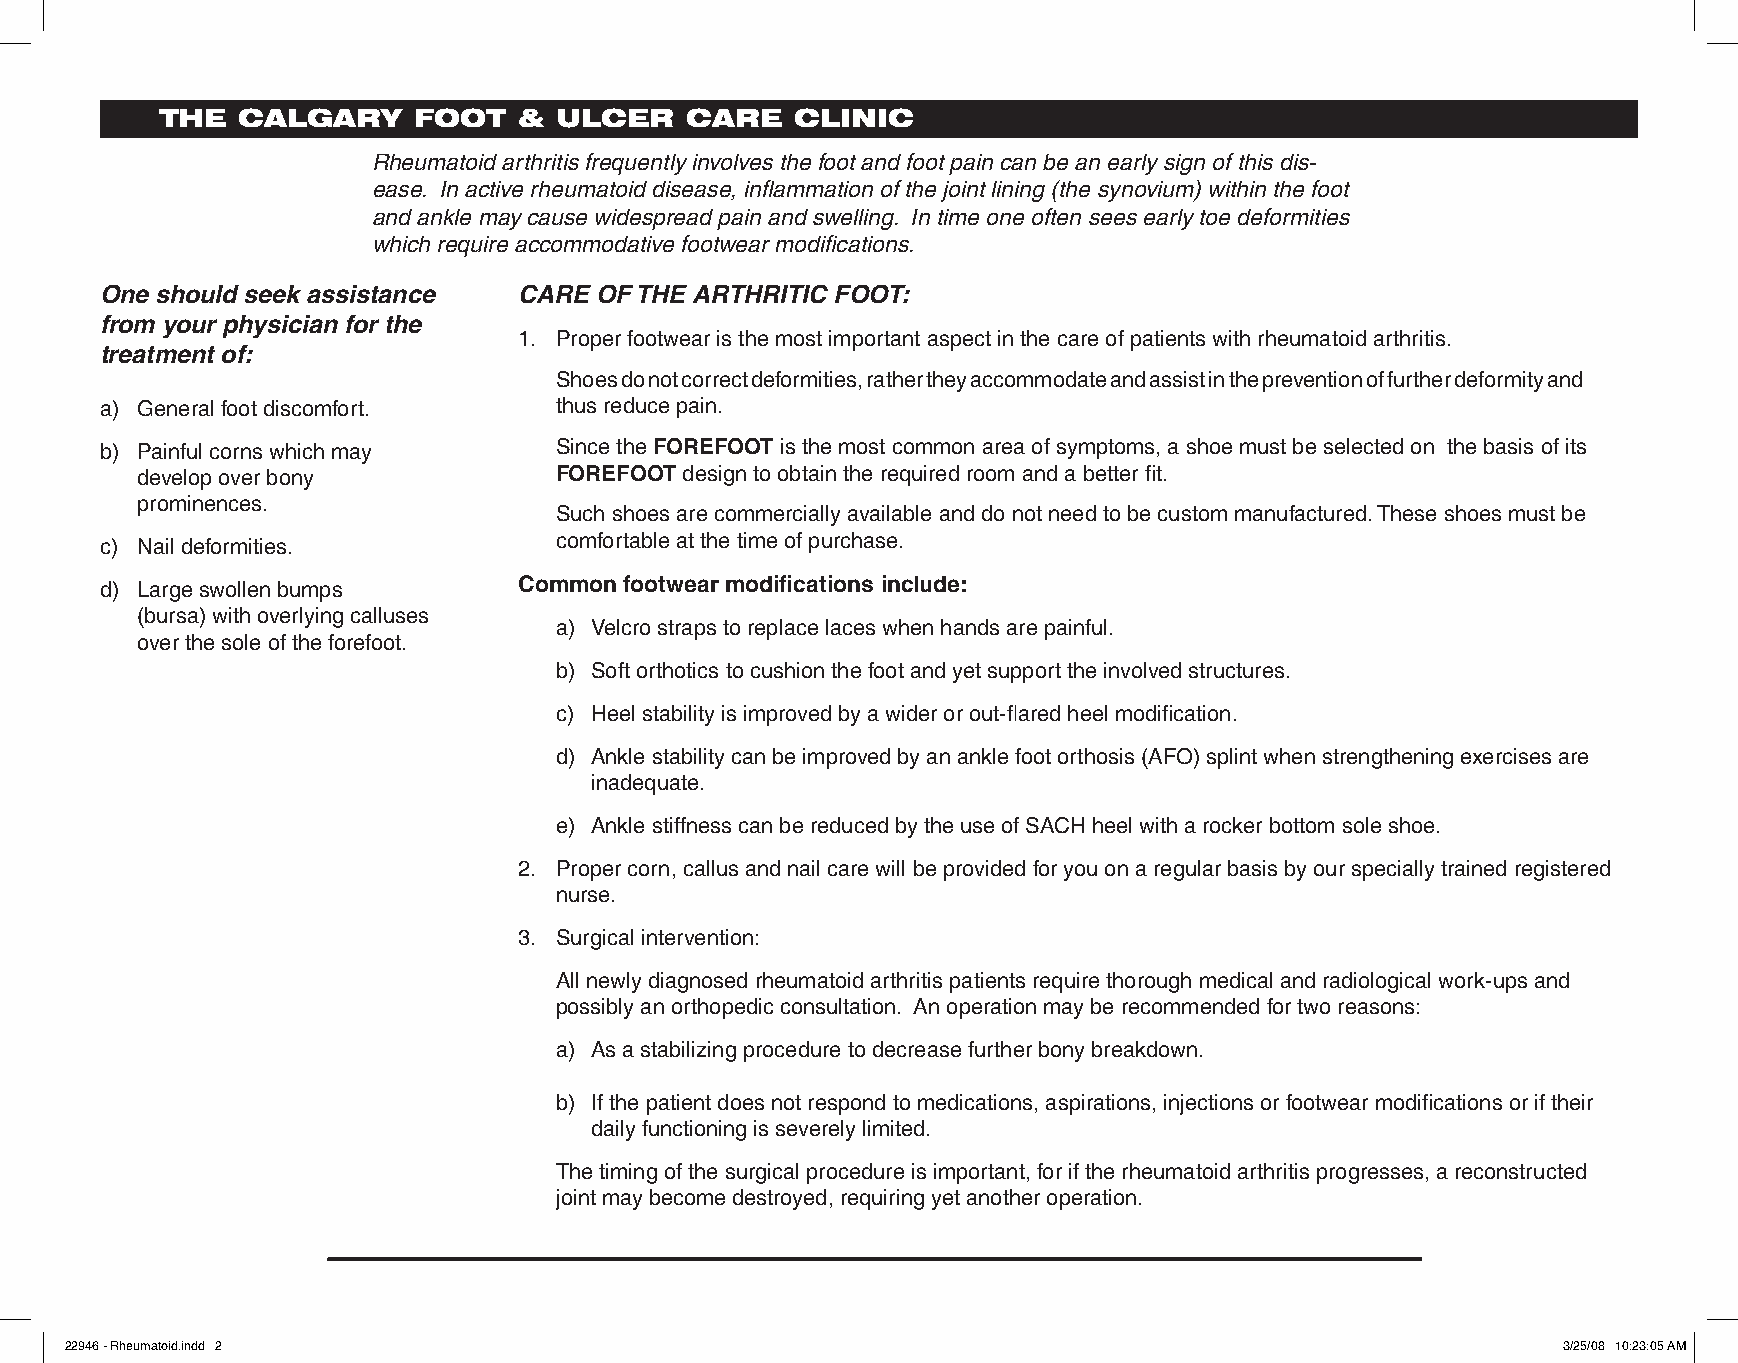
THE  CALGARY    FOOT   &  ULCER   CARE    CLINIC
 Rheumatoid arthritis frequently involves the foot and foot pain can be an early sign of this dis-
 ease. In active rheumatoid disease, inflammation of the joint lining (the synovium) within the foot
 and ankle may cause widespread pain and swelling. In time one often sees early toe deformities
 which require accommodative footwear modifications.
 One should seek assistance CARE OF THE ARTHRITIC FOOT:
 from your physician for the
 1. Proper footwear is the most important aspect in the care of patients with rheumatoid arthritis.
 treatment of:
 Shoes do not correct deformities, rather they accommodate and assist in the prevention of further deformity and
 a) General foot discomfort.   thus reduce pain.
 b) Painful corns which may    Since the FOREFOOT is the most common area of symptoms, a shoe must be selected on the basis of its
 develop over bony           FOREFOOT design to obtain the required room and a better fit.
 prominences.
 Such shoes are commercially available and do not need to be custom manufactured. These shoes must be
 comfortable at the time of purchase.
 c) Nail deformities.
 d) Large swollen bumps     Common footwear modifications include:
 (bursa) with overlying calluses
 a) Velcro straps to replace laces when hands are painful.
 over the sole of the forefoot.
 b) Soft orthotics to cushion the foot and yet support the involved structures.
 c) Heel stability is improved by a wider or out-flared heel modification.
 d) Ankle stability can be improved by an ankle foot orthosis (AFO) splint when strengthening exercises are
 inadequate.
 e) Ankle stiffness can be reduced by the use of SACH heel with a rocker bottom sole shoe.
 2. Proper corn, callus and nail care will be provided for you on a regular basis by our specially trained registered
 nurse.
 3. Surgical intervention:
 All newly diagnosed rheumatoid arthritis patients require thorough medical and radiological work-ups and
 possibly an orthopedic consultation. An operation may be recommended for two reasons:
 a) As a stabilizing procedure to decrease further bony breakdown.
 b) If the patient does not respond to medications, aspirations, injections or footwear modifications or if their
 daily functioning is severely limited.
 The timing of the surgical procedure is important, for if the rheumatoid arthritis progresses, a reconstructed
 joint may become destroyed, requiring yet another operation.
 22946 - Rheumatoid.indd 2                                                                          3/25/08 10:23:05 AM